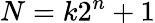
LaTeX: N=k2^{n}+1